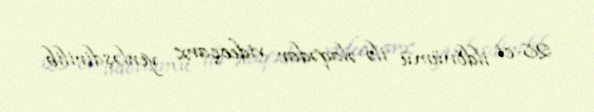
28-ci ildönümü ilə əlaqədar videoçarx yerləşdirilib.